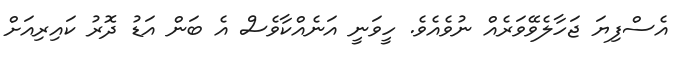
އެސްފިޔަ ޖަހާލެވޭވަރެއް ނުވެއެވެ. ހީވަނީ އަނެއްކާވެސް އެ ބަން އަޑު ދޮރު ކައިރިއަށް